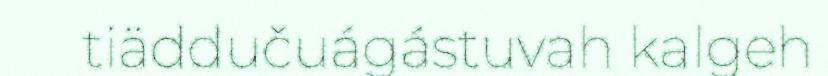
tiäddučuágástuvah kalgeh